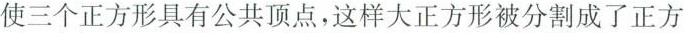
使三个正方形具有公共顶点，这样大正方被分割成了正方